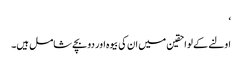
‘
اولنے کے لواحقین میں ان کی بیوہ اور دو بچے شامل ہیں۔